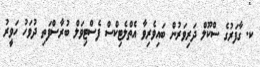
ކ. ގާފަރުގެ ސްކޫލް ދަރިވަރުން ބައިވެރިވާ އެތްލެޓިކްސް ފެސްޓިވަލް ބުރާސްފަތި ދުވަހު ހަވީރު